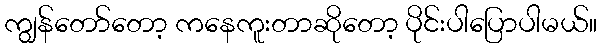
ကျွန်တော်တော့ ကနေကူးတာဆိုတော့ ပိုင်းပါပြောပါမယ်။